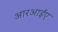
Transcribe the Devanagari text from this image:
आरआईए